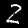
Digit: 2